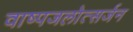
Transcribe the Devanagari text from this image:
वाष्पजलोत्सर्जन